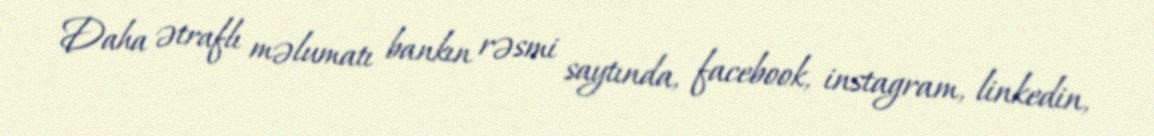
Daha ətraflı məlumatı bankın rəsmi saytında, facebook, instagram, linkedin,